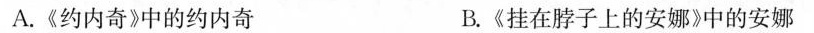
A.《约内奇》中的约内奇 B.《挂在脖子上的安娜》中的安娜